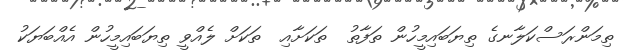
ތިމަންރަސްކަލާނގެ ތިޔަބައިމީހުން ތަފާތު  ތަކަށާއި  ތަކަށް ލެއްވީ ތިޔަބައިމީހުން އެއްބަޔަކު